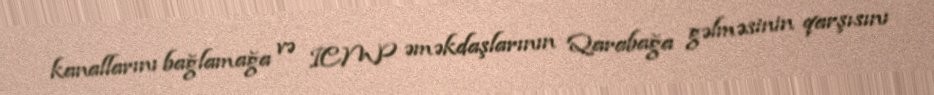
kanallarını bağlamağa və ICMP əməkdaşlarının Qarabağa gəlməsinin qarşısını